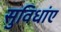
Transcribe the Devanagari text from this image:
सुविधांए